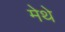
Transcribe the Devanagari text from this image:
मेथे